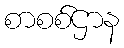
စာစစ်ဌာန